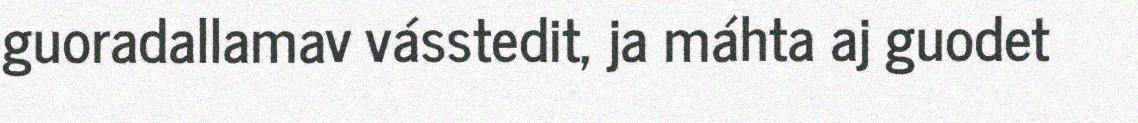
guoradallamav vásstedit, ja máhta aj guodet